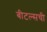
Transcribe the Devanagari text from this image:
बीटल्सची